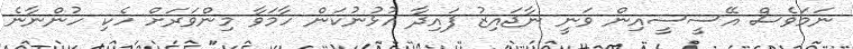
ނަމަވެސް އޭސީސީއިން ވަނީ ނާޖައިޒު ފައިދާ އުޅުނުކަން ހާމަވާ މިންވަރަށް ހެކި ހުންނާނެ